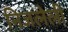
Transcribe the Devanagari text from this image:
निजलेली